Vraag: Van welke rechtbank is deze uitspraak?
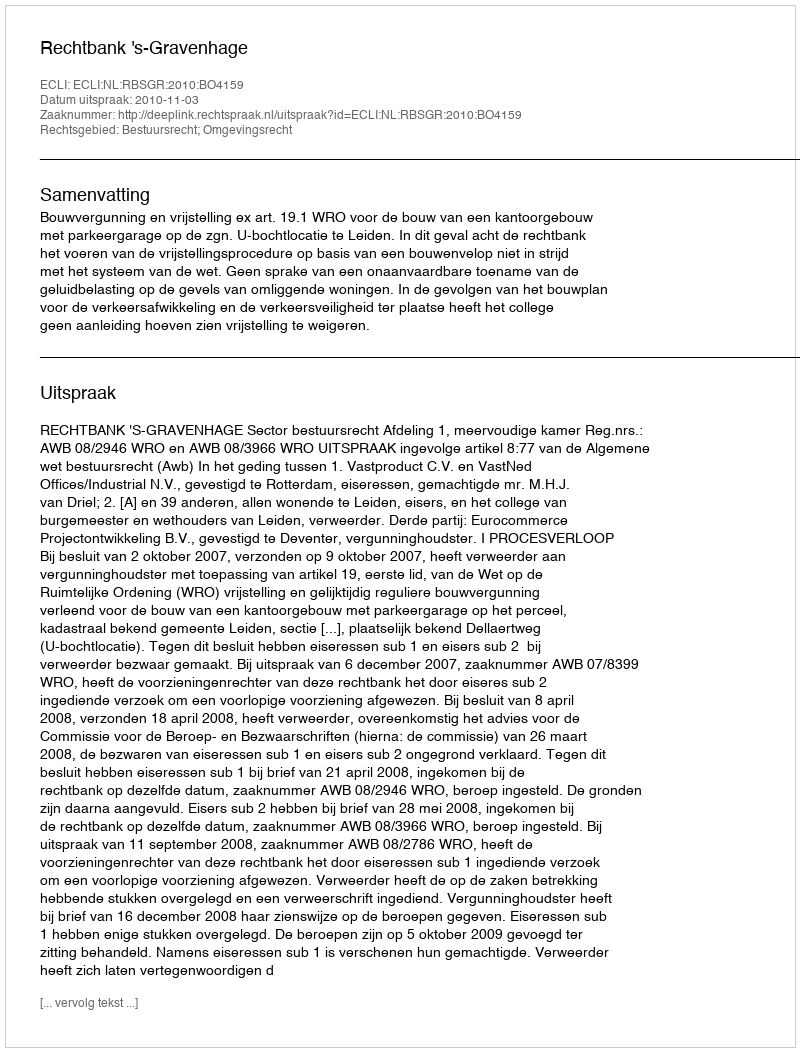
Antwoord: Rechtbank 's-Gravenhage